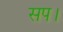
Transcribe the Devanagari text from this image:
सप।